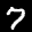
Label: 7